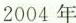
2004年